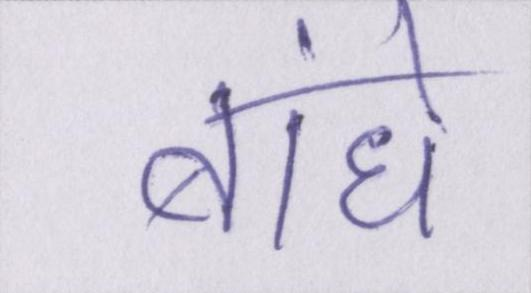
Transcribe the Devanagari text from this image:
बांधे